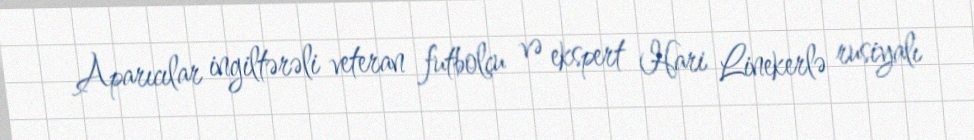
Aparıcılar ingiltərəli veteran futbolçu və ekspert Hari Linekerlə rusiyalı